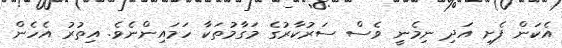
އެކަން ފެށި އަދި ނިމެނީ ވެސް ސަރުކާރުގެ މަގާމުތަކާ ހަމައިންނެވެ. އިތުރު އެހެން